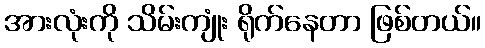
အားလုံးကို သိမ်းကျုံး ရိုက်နေတာ ဖြစ်တယ်။